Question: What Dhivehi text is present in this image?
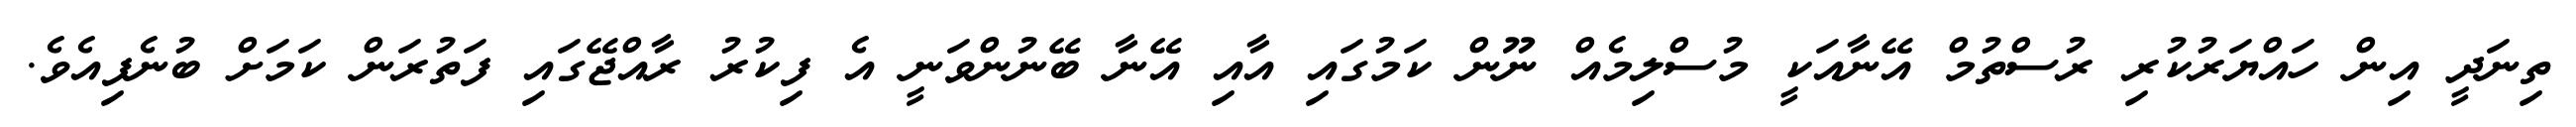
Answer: ތިނަދީ އިން ހައްޔަރުކުރި ރުސްތުމް އޭނާއަކީ މުސްލިމެއް ނޫން ކަމުގައި އާއި އޭނާ ބޭނުންވަނީ އެ ފިކުރު ރާއްޖޭގައި ފަތުރަން ކަމަށް ބުނެފިއެވެ.